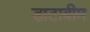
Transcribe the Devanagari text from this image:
डाटाबीम